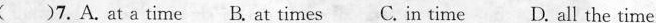
( )7. A. at a time B. at times C. in time D. all the time